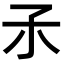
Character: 𡥀